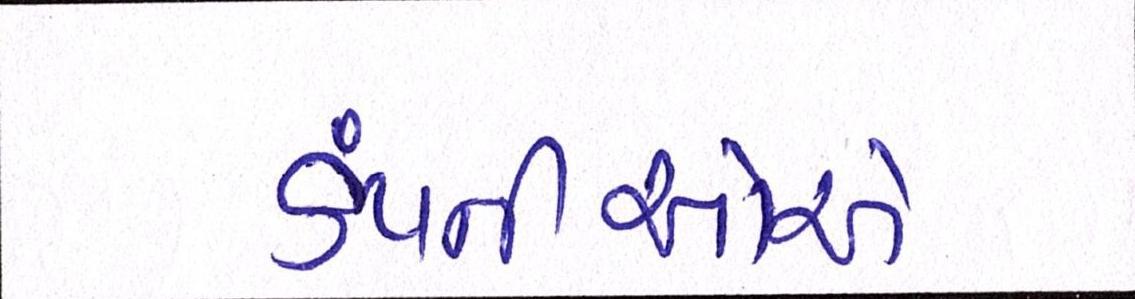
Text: કંપનીઓએ